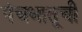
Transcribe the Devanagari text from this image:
पंचधातूची